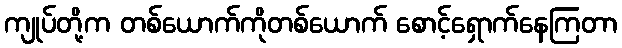
ကျုပ်တို့က တစ်ယောက်ကိုတစ်ယောက် စောင့်ရှောက်နေကြတာ